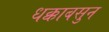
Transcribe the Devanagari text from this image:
धक्काबसुन